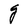
Character: g